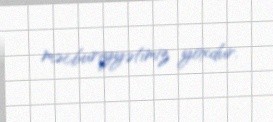
məcburiyyətimiz yoxdur.